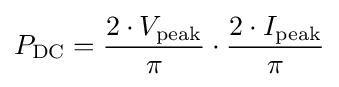
P_{\mathrm {DC} }={2\cdot V_{\mathrm {peak} } \over \pi }\cdot {2\cdot I_{\mathrm {peak} } \over \pi }